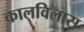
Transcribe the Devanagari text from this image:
कालविलास